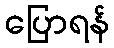
ပြောရန်